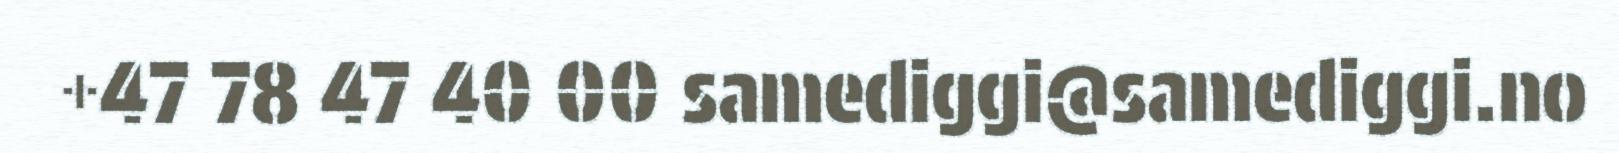
+47 78 47 40 00 samediggi@samediggi.no